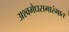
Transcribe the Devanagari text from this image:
अश्वमेधसमारंभात